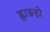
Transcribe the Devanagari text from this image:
ह्वाङहो